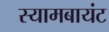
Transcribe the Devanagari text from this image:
स्‍यामबायंट